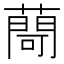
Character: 𦽅